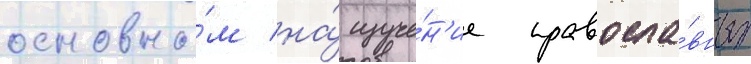
основно́м на́ изуче́н'ие правосла́вных